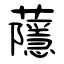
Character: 蘟